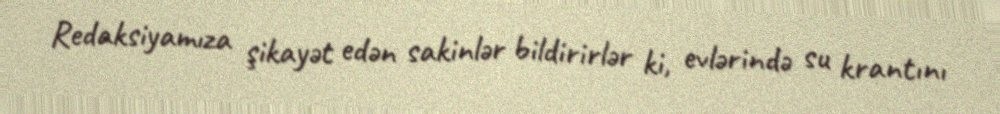
Redaksiyamıza şikayət edən sakinlər bildirirlər ki, evlərində su krantını